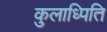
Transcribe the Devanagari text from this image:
कुलाध्पिति